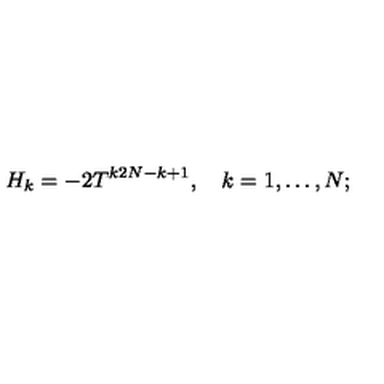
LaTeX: H _ { k } = - 2 T ^ { k 2 N - k + 1 } , \quad k = 1 , \ldots , N ;